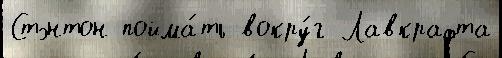
Стэнтон пойма́ть вокру́г Лавкрафта